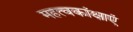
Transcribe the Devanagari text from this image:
महत्वकांक्षाएं